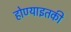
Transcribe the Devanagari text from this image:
होण्याइतकी